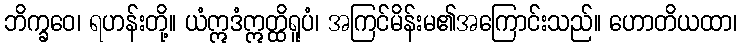
ဘိက္ခဝေ၊ ရဟန်းတို့။ ယံဣဒံဣတ္ထိရူပံ၊ အကြင်မိန်းမ၏အကြောင်းသည်။ ဟောတိယထာ၊